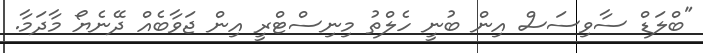
"ބްލަޑް ސާވިސަސް އިން ބުނީ ހެލްތު މިނިސްޓްރީ އިން ޖަވާބެއް ދޭނެޔޯ މާދަމާ.